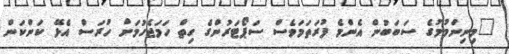
"މިނިންމުމުގެ ސަބަބުން އެންމެ ފުރަތަމަވެސް ސަޕޯޓަރުންގެ ހިތް ހަމަޖެހުމަށް ހުރަސް އެޅޭ ކަންކަން